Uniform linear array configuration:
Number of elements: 32
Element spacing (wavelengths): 1
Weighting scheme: hann
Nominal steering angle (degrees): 15
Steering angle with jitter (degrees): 13.806
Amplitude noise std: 0.05
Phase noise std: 0.05

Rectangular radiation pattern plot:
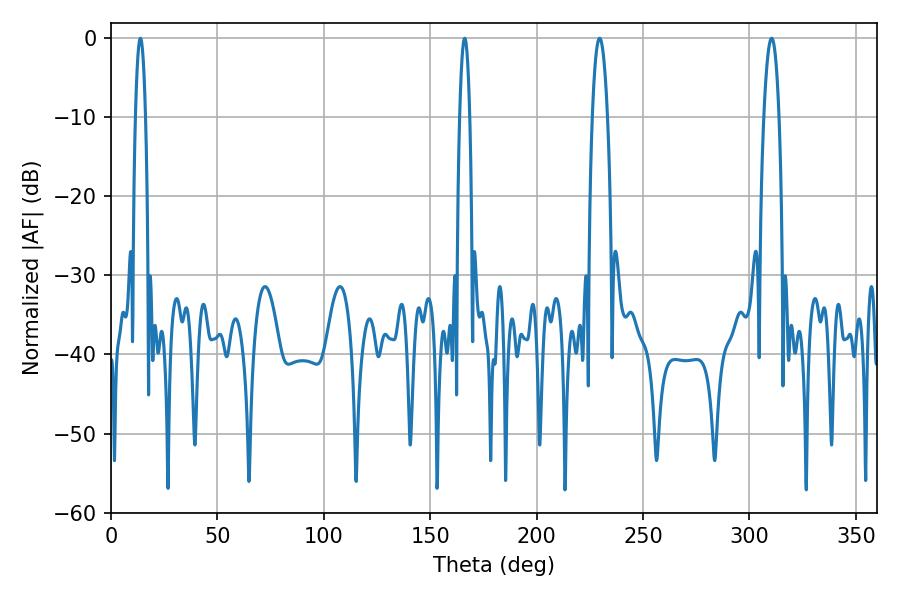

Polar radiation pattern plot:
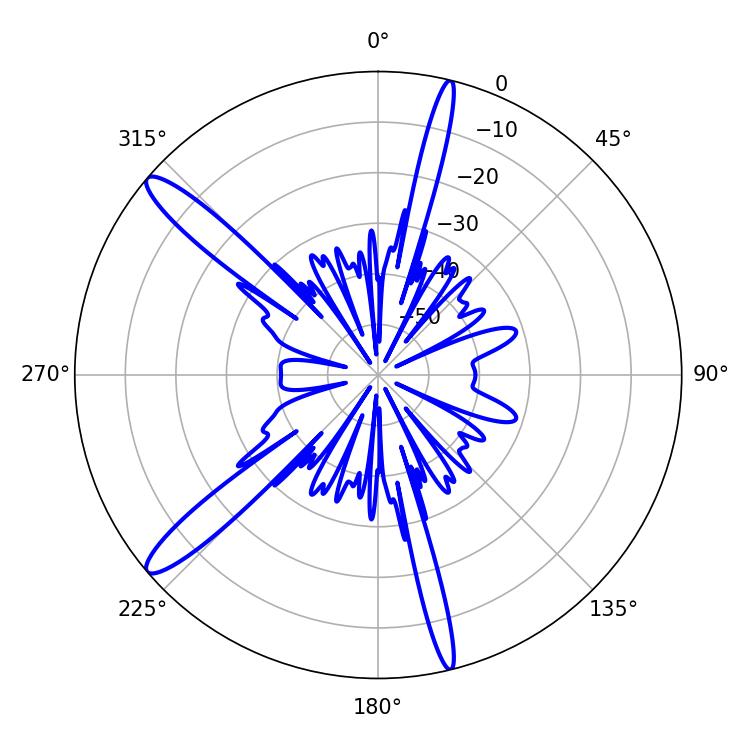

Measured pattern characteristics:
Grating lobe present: TRUE
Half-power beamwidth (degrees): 2.52
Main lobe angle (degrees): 166.14